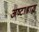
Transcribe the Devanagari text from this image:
अष्टाश्राद्ध